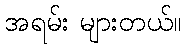
အရမ်း များတယ်။